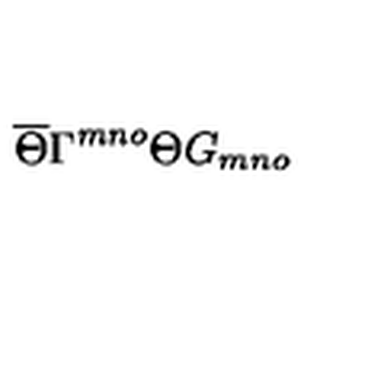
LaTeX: \overline { { \Theta } } \Gamma ^ { m n o } \Theta G _ { m n o }